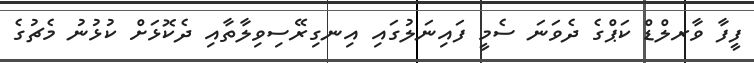
ފީފާ ވާރލްޑް ކަޕްގެ ދެވަނަ ސެމީ ފައިނަލުގައި އިނގިރޭސިވިލާތާއި ދެކޮޅަށް ކުޅުނު މެޗުގެ